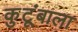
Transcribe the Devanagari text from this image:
कुटूंबाला